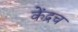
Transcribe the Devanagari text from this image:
केंद्रच